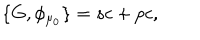
LaTeX: \{ G , \phi _ { \mu _ { 0 } } \} = s c + p c ,